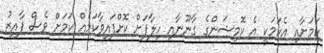
ކަމަށާއި އެކަމަކީ އެ ކޮމިޝަންގެ ގާނޫނާއި ހިލާފަށް ކޮށްފައިވާކަމެއް ކަމަށް ވެސް ފާއިޒު